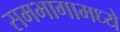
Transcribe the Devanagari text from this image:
समभागामध्ये